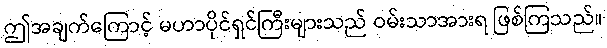
ဤအချက်ကြောင့် မဟာပိုင်ရှင်ကြီးများသည် ဝမ်းသာအားရ ဖြစ်ကြသည်။